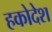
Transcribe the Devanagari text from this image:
हकोदेश